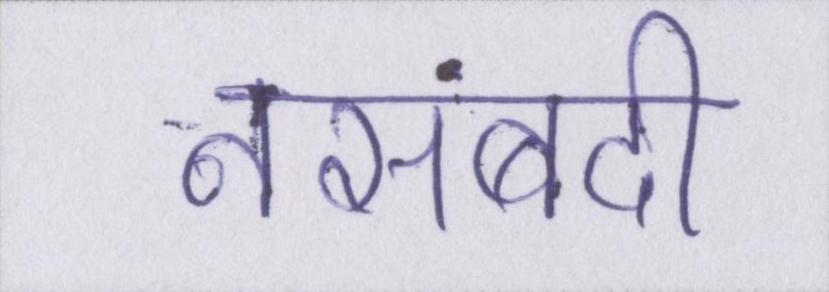
नसबंदी